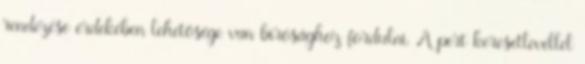
rendezése érdekében lehetősége van bírósághoz fordulni. A pert keresetlevéllel